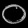
Digit: ၀